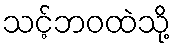
သင့်ဘဝထဲသို့